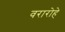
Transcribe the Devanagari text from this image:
वरारोहे